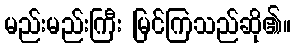
မည်းမည်းကြီး မြင်ကြသည်ဆို၏။